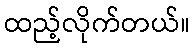
ထည့်လိုက်တယ်။